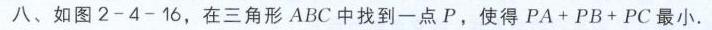
八、如图2 - 4 - 16，在三角形\(ABC\)中找到一点\(P\)，使得\(PA + PB + PC\)最小.